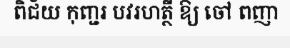
ពិជ័យ កុញ្ជរ បវរហត្ថី ឱ្យ ចៅ ពញា